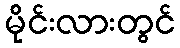
မိုင်းလားတွင်